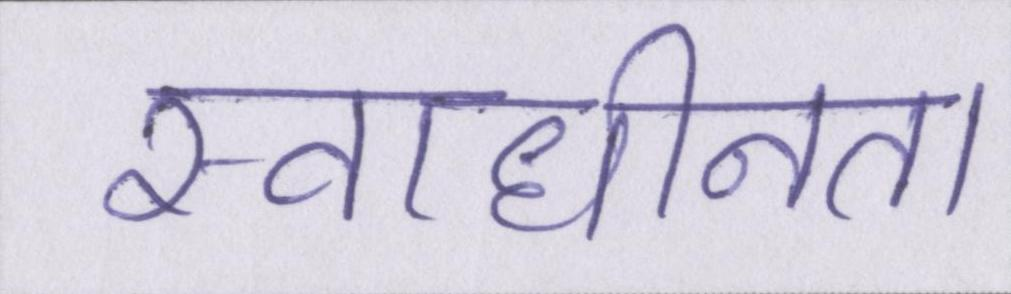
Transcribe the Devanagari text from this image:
स्वाधीनता